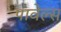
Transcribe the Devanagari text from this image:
पावेल्स